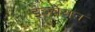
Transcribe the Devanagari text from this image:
इञ्चेयन